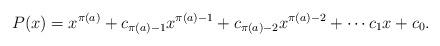
LaTeX: \begin{align*}P(x) = x^{\pi(a)} + c_{\pi(a) - 1}x^{\pi(a) - 1} + c_{\pi(a) - 2}x^{\pi(a) - 2} + \cdots c_1x + c_0.\end{align*}